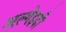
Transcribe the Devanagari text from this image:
अल्गेइदी